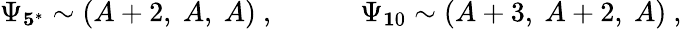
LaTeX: \Psi_{\mathbf 5^{*}}\sim(A+2,\ A,\ A)\ ,\quad\qquad\Psi_{\mathbf 10}\sim(A+3,\ A+2,\ A)\ ,